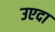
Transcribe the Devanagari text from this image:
उएदा